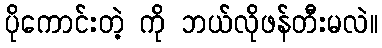
ပိုကောင်းတဲ့ ကို ဘယ်လိုဖန်တီးမလဲ။